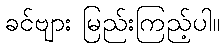
ခင်ဗျား မြည်းကြည့်ပါ။